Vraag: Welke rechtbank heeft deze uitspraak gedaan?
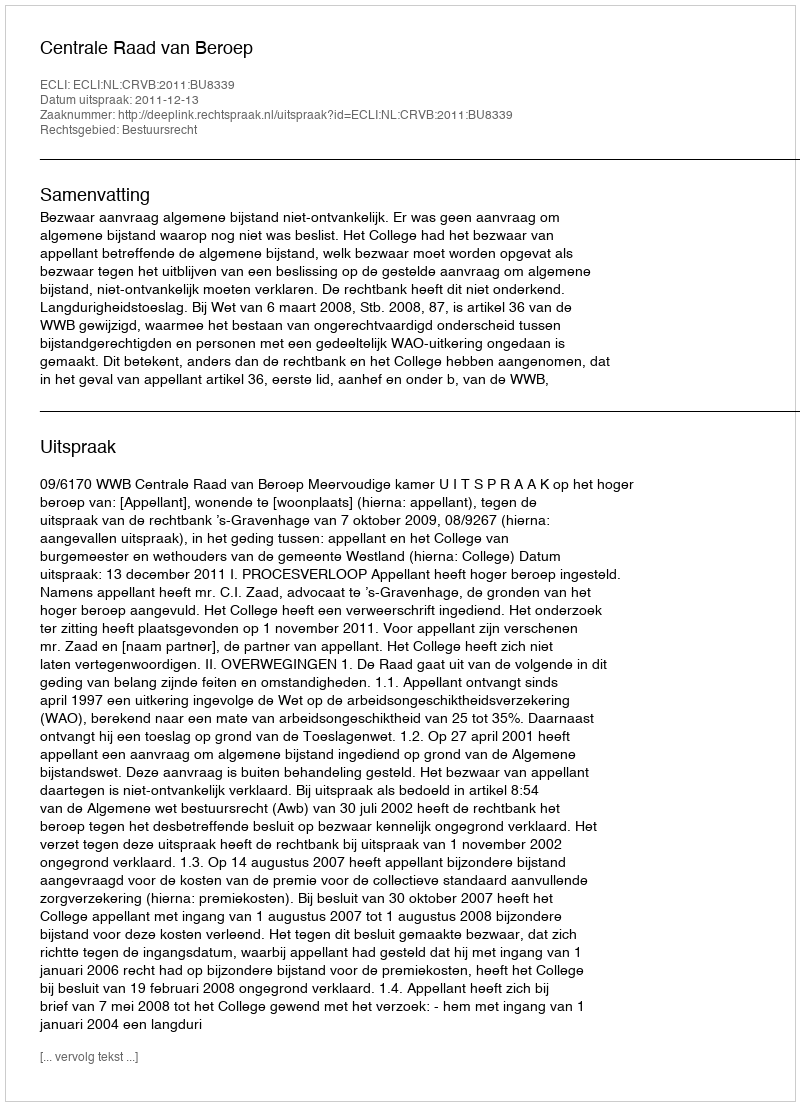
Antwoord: Centrale Raad van Beroep